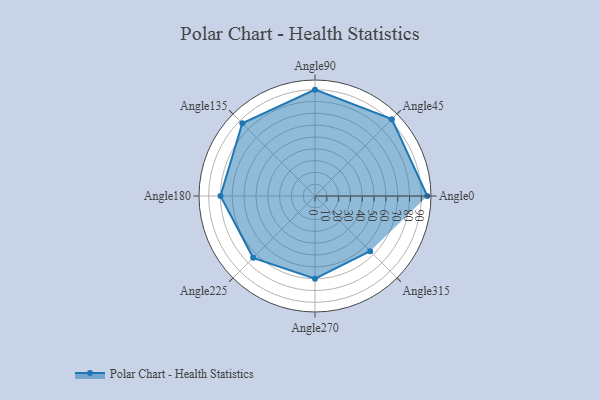
{"axis": {"x": "Angle", "y": "Radius"}, "legend": [""], "data": [{"x": "Angle0", "y": 95.0, "type": ""}, {"x": "Angle45", "y": 92.0, "type": ""}, {"x": "Angle90", "y": 90.0, "type": ""}, {"x": "Angle135", "y": 87.0, "type": ""}, {"x": "Angle180", "y": 80.0, "type": ""}, {"x": "Angle225", "y": 74.0, "type": ""}, {"x": "Angle270", "y": 70.0, "type": ""}, {"x": "Angle315", "y": 66.0, "type": ""}]}